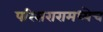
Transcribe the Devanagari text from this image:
परिसरारामध्येच